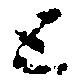
と